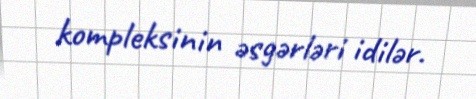
kompleksinin əsgərləri idilər.